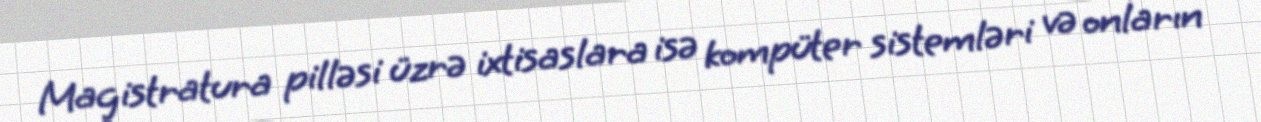
Magistratura pilləsi üzrə ixtisaslara isə kompüter sistemləri və onların